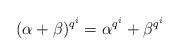
LaTeX: \begin{align*}(\alpha+\beta)^{q^i}=\alpha^{q^i}+\beta^{q^i}\end{align*}